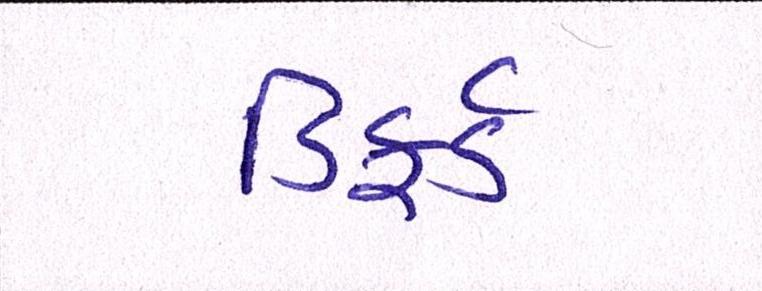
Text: ડિફર્ડ